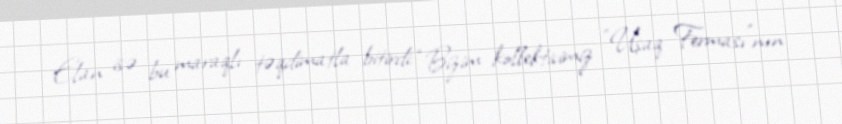
Elan isə bu maraqlı təqdimatla bitirdi: “Bizim kollektivimiz "Uşaq Ferması"nın